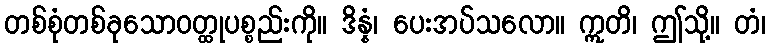
တစ်စုံတစ်ခုသောဝတ္ထုပစ္စည်းကို။ ဒိန္နံ၊ ပေးအပ်သလော။ ဣတိ၊ ဤသို့။ တံ၊